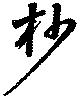
杪